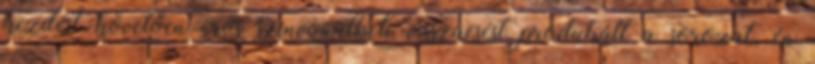
kezdést követően erős színvonalbeli visszaesést produkált a sorozat, én